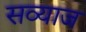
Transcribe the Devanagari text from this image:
सव्याज